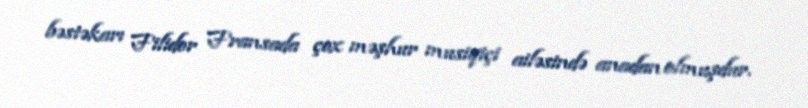
bəstəkarı Filidor Fransada çox məşhur musiqiçi ailəsində anadan olmuşdur.